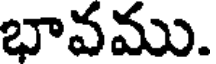
భావము.